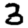
Digit: 3